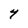
Character: Y